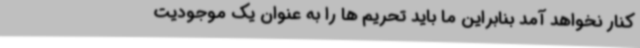
کنار نخواهد آمد بنابراین ما باید تحریم ها را به عنوان یک موجودیت